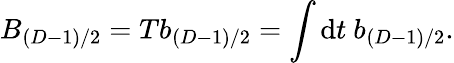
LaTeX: B_{(D-1)/2}=Tb_{(D-1)/2}=\int\mathrm{d}t~b_{(D-1)/2}.